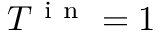
T ^ { \mathrm { ~ i ~ n ~ } } = 1